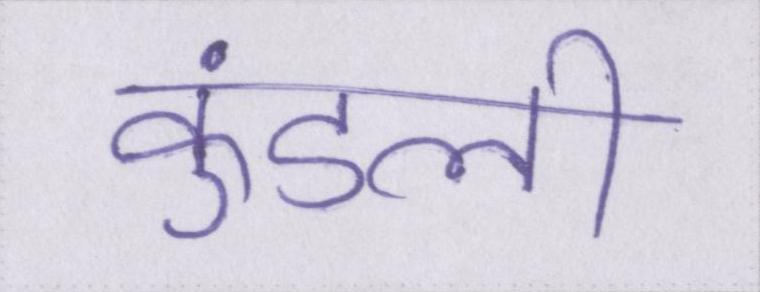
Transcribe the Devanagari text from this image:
कुंडली